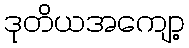
ဒုတိယအကျော့